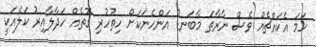
ހަމަ އެކައްޗެއް ވެސް ނާރާތަ މާބަނޑު އަންހެނަކަށް ހިތުހުރި ގޮތެއް ހަދާލާއިރު ކަލެއަކީ